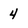
Character: 4